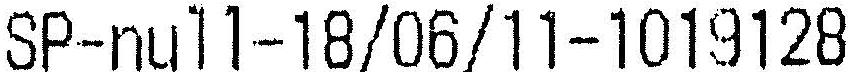
SP-NULL-18/06/11-1019128